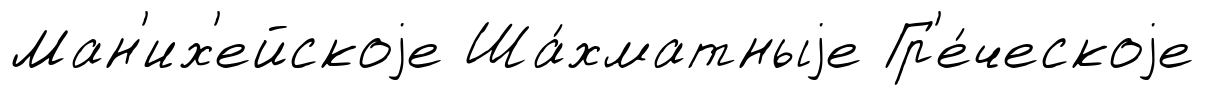
Ман'их'ейскоjе Ша́хматныjе Гр'е́ческоjе